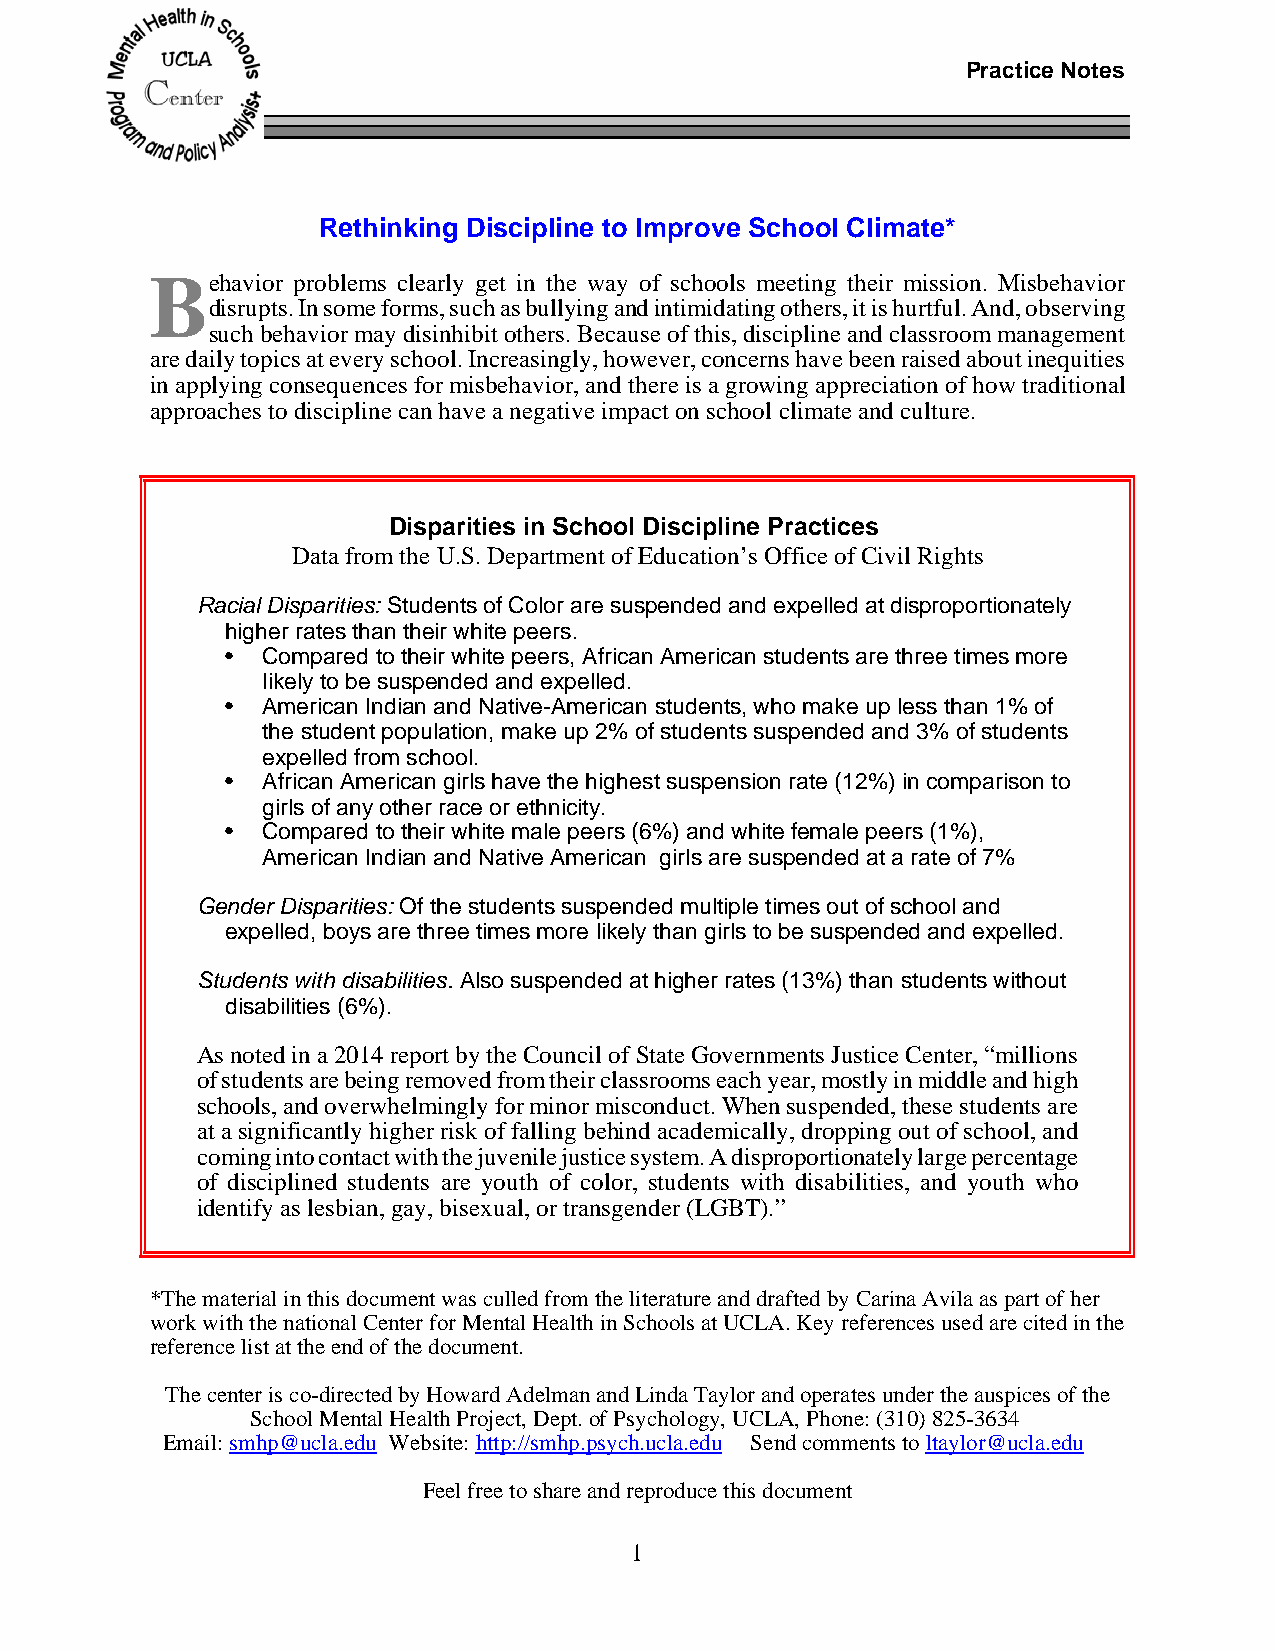
Practice Notes
 Rethinking Discipline to Improve School Climate*
 Behavior problems clearly get in the way of schools meeting their mission. Misbehavior
 disrupts. In some forms, such as bullying and intimidating others, it is hurtful. And, observing
 such behavior may disinhibit others. Because of this, discipline and classroom management
 are daily topics at every school. Increasingly, however, concerns have been raised about inequities
 in applying consequences for misbehavior, and there is a growing appreciation of how traditional
 approaches to discipline can have a negative impact on school climate and culture.
 Disparities in School Discipline Practices
 Data from the U.S. Department of Education’s Office of Civil Rights
 Racial Disparities: Students of Color are suspended and expelled at disproportionately
 higher rates than their white peers.
 • Compared to their white peers, African American students are three times more
 likely to be suspended and expelled.
 • American Indian and Native-American students, who make up less than 1% of
 the student population, make up 2% of students suspended and 3% of students
 expelled from school.
 • African American girls have the highest suspension rate (12%) in comparison to
 girls of any other race or ethnicity.
 • Compared to their white male peers (6%) and white female peers (1%),
 American Indian and Native American girls are suspended at a rate of 7%
 Gender Disparities: Of the students suspended multiple times out of school and
 expelled, boys are three times more likely than girls to be suspended and expelled.
 Students with disabilities. Also suspended at higher rates (13%) than students without
 disabilities (6%).
 As noted in a 2014 report by the Council of State Governments Justice Center, “millions
 of students are being removed from their classrooms each year, mostly in middle and high
 schools, and overwhelmingly for minor misconduct. When suspended, these students are
 at a significantly higher risk of falling behind academically, dropping out of school, and
 coming into contact with the juvenile justice system. A disproportionately large percentage
 of disciplined students are youth of color, students with disabilities, and youth who
 identify as lesbian, gay, bisexual, or transgender (LGBT).”
 *The material in this document was culled from the literature and drafted by Carina Avila as part of her
 work with the national Center for Mental Health in Schools at UCLA. Key references used are cited in the
 reference list at the end of the document.
 The center is co-directed by Howard Adelman and Linda Taylor and operates under the auspices of the
 School Mental Health Project, Dept. of Psychology, UCLA, Phone: (310) 825-3634
 Email: smhp@ucla.edu Website: http://smhp.psych.ucla.edu Send comments to ltaylor@ucla.edu
 Feel free to share and reproduce this document
 1